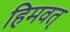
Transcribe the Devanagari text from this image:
हिमवत्